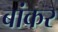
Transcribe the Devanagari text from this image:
बांकर